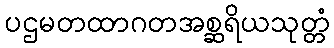
ပဌမတထာဂတအစ္ဆရိယသုတ္တံ